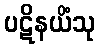
ပဋိနယိံသု